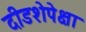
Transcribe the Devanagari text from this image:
दीडशेपेक्षा